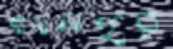
হাদলপুর